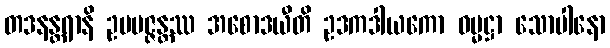
တဒနန္တရာနိ ဥပပဇ္ဇန္တဿ အစောဒယီတိ ဥဒကဒါယကော ဓမ္မဋ္ဌာ သောပါနော